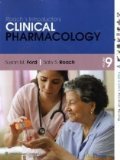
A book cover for Roach's Introductory Clinical Pharmacology 9th Edition by Ford, Susan M., Roach, Sally S. [Paperback]; Susan M.,.. Ford; Medical Books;